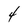
Character: 4